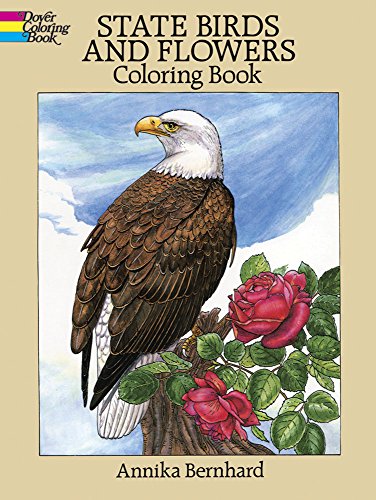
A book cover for State Birds and Flowers Coloring Book; Children's Books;